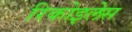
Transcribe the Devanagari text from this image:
रिकोइलेस